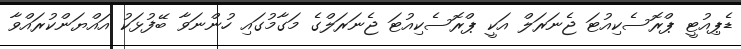
ޑެޕިއުޓީ ޕްރޮސެކިއުޓަ ޖެނަރަލް އަކީ ޕްރޮސެކިއުޓަ ޖެނަރަލްގެ މަގާމުގައި ހުންނަވާ ބޭފުޅަކު އައްޔަންކުރައްވާ